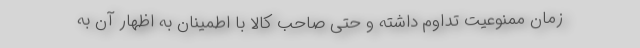
زمان ممنوعیت تداوم داشته و حتی صاحب کالا با اطمینان به اظهار آن به